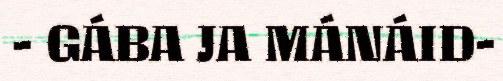
- GÁBA JA MÁNÁID-